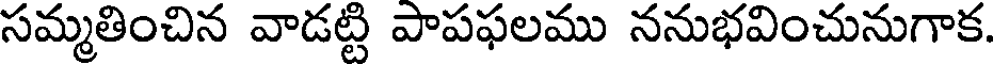
సమ్మతించిన వాడట్టి పాపఫలము ననుభవించునుగాక.